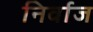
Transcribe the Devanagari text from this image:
निर्वाज